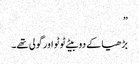
”
بڑھیا کے دو بیٹے ٹوٹو اور گولی تھے۔